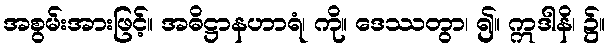
အစွမ်းအားဖြင့်။ အဓိဋ္ဌာနဟာရံ၊ ကို။ ဒေဿတွာ၊ ၍။ ဣဒါနိ၊ ၌။